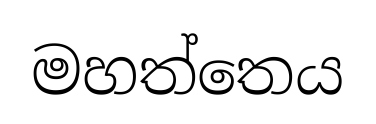
මහත්තෙය